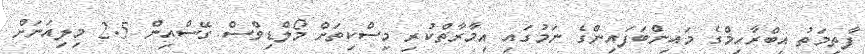
ފާތިމަތު އިބްރާހިމްގެ މައިންބަފައިންގެ ނަމުގައި އިމާރާތްކުރި މިސްކިތަށް މޯލްްޑިވްސް ގޭސްއިން 2.5 މިލިއަނަށް